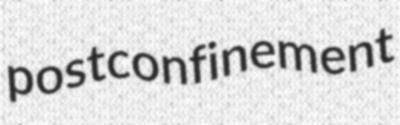
postconfinement